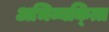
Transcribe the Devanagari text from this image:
अभिव्यक्त्ति